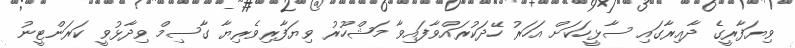
ވިޔަފާރީގެ ދާއިރާގައި ސާޅީހަކަށް އަހަރު ހޭދަކުރައްވާފައިވާ މަޝްހޫރު ވިޔަފާރިވެރިޔާ ގާސިމް ވިދާޅުވީ ކަރަންޓީނު